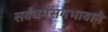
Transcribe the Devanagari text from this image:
सर्वधर्मसमभावाने